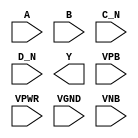
module sky130_fd_sc_ms__nor4bb (
    //# {{data|Data Signals}}
    input  A   ,
    input  B   ,
    input  C_N ,
    input  D_N ,
    output Y   ,

    //# {{power|Power}}
    input  VPB ,
    input  VPWR,
    input  VGND,
    input  VNB
);
endmodule